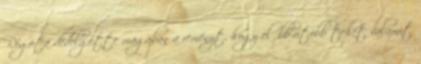
Régóta dédelgette magában a reményt, hogy előbb-utóbb tehet valamit